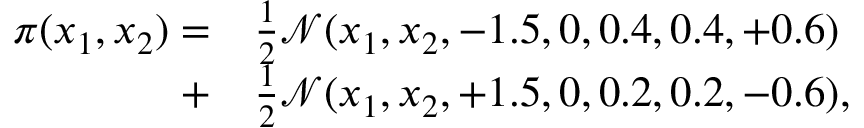
\begin{array} { r l } { \pi ( x _ { 1 } , x _ { 2 } ) = } & { { } \frac { 1 } { 2 } \mathcal { N } ( x _ { 1 } , x _ { 2 } , - 1 . 5 , 0 , 0 . 4 , 0 . 4 , + 0 . 6 ) } \\ { + } & { { } \frac { 1 } { 2 } \mathcal { N } ( x _ { 1 } , x _ { 2 } , + 1 . 5 , 0 , 0 . 2 , 0 . 2 , - 0 . 6 ) , } \end{array}